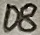
Text: D8